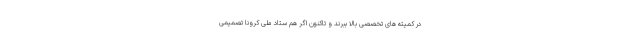
در کمیته های تخصصی بالا ببرند و تاکنون اگر هم ستاد ملی کرونا تصمیمی